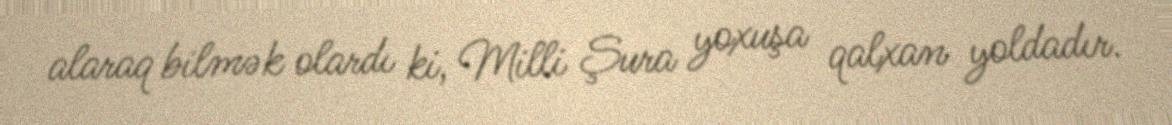
alaraq bilmək olardı ki, Milli Şura yoxuşa qalxan yoldadır.